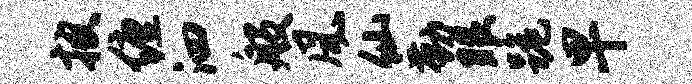
披缠泗般风仙勤眼跪早